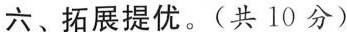
六、拓展提优。(共10分)